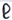
Text: R